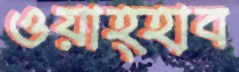
ওয়াহ্হাব